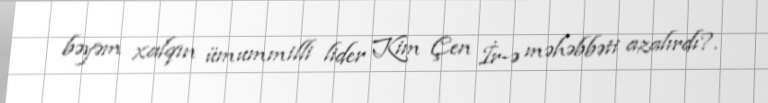
bəyəm xalqın ümummilli lider Kim Çen İr-ə məhəbbəti azalırdı?.